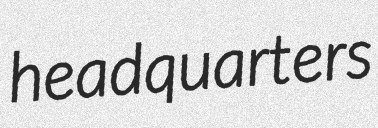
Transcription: headquarters